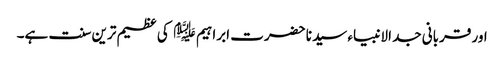
اور قربانی جد الانبیاء سیدنا حضرت ابراہیم ﷤ کی عظیم ترین سنت ہے۔